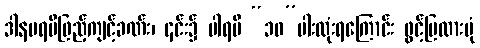
ဒါနပရမီဖြည့်ကျင့်ခဏ်း၊ ၎င်း၌ ပါရမီ “၁၀”ပါးလုံးရကြောင်း ဖွင့်ပြထားပုံ